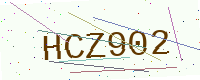
Text: HCZ902